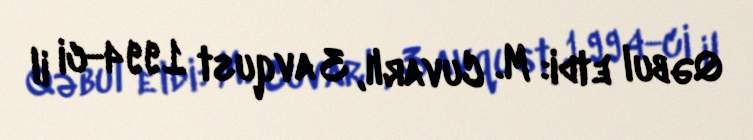
Qəbul etdi: M. Cuvarlı, 3 avqust 1994-ci il